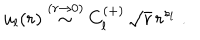
LaTeX: u _ { l } ( r ) \stackrel { ( r \rightarrow 0 ) } { \sim } C _ { l } ^ { ( + ) } \, \sqrt { r } \, r ^ { s _ { l } } \; .